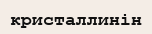
кристаллинін